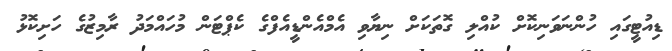
ޑިއުޓީގައި ހުންނަވަނިކޮށް ކުއްލި ގޮތަކަށް ނިޔާވި އެމްއެންޑީއެފްގެ ކެޕްޓަން މުހައްމަދު ރާމިޒުގެ ހަށިކޮޅު